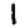
Digit: 1